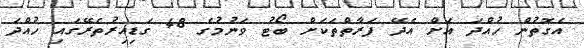
އެގޮތުން ހުއްދަ އަށް އެދޭ ފަރާތްތަކަށް ބޯޓު ވަނުމުގެ 48 ގަޑިއިރުތެރޭގައި ހުއްދަ